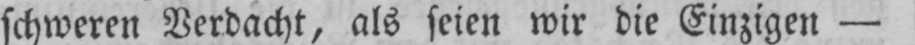
schweren Verdacht, als seien wir die Einzigen -